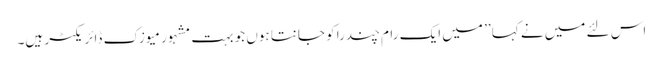
اس لئے میں نے کہا ’’ میں ایک رام چندرا کو جانتا ہوں جو بہت مشہور میوزک ڈائریکٹر ہیں۔